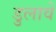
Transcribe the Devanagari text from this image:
डुलावें